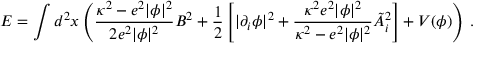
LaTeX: E = \int d ^ { 2 } x \left( { \frac { \kappa ^ { 2 } - e ^ { 2 } | \phi | ^ { 2 } } { 2 e ^ { 2 } | \phi | ^ { 2 } } } B ^ { 2 } + { \frac { 1 } { 2 } } \left[ | \partial _ { i } \phi | ^ { 2 } + { \frac { \kappa ^ { 2 } e ^ { 2 } | \phi | ^ { 2 } } { \kappa ^ { 2 } - e ^ { 2 } | \phi | ^ { 2 } } } \tilde { A } _ { i } ^ { 2 } \right] + V ( \phi ) \right) \, .